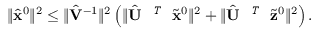
\begin{array} { r } { \| \hat { { \mathbf { x } } } ^ { 0 } \| ^ { 2 } \leq \| \hat { { \mathbf { V } } } ^ { - 1 } \| ^ { 2 } \left( \| \hat { { \mathbf { U } } } ^ { \textit { \footnotesize \texttt { T } } } \tilde { { \mathbf { x } } } ^ { 0 } \| ^ { 2 } + \| \hat { { \mathbf { U } } } ^ { \textit { \footnotesize \texttt { T } } } \tilde { { \mathbf { z } } } ^ { 0 } \| ^ { 2 } \right) . } \end{array}